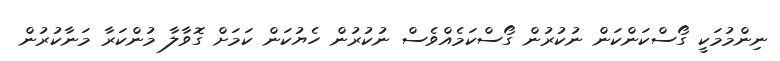
ނިންމުމަކީ ގޯސްކަންކަން ނުކުރުން ގޯސްކަމެއްވެސް ނުކުރުން ހެޔުކަން ކަމަށް ގޮވާލާ މުންކަރާ މަނާކުރުން